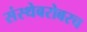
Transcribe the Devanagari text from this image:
संस्थेबरोबरच